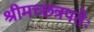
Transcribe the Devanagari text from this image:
श्रीमच्छत्रपतेः